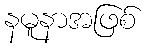
နမူနာအဖြစ်